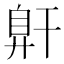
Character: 𰯶